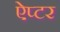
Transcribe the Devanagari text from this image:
ऐप्टर